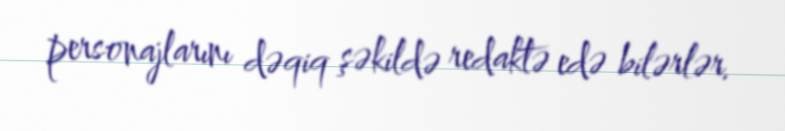
personajlarını dəqiq şəkildə redaktə edə bilərlər.